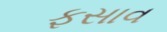
ફસાવ